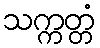
သက္ကတ္တံ